Standards of the constituents of the urine and blood and the bearing of the metabolism of Bengalis on the problems of nutrition - Number 34
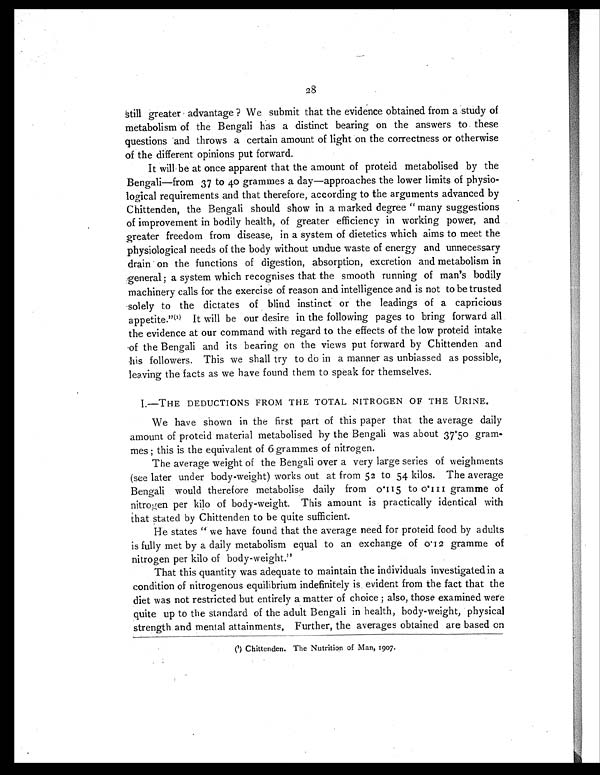
28
still greater advantage ? We submit that the evidence obtained from a study of
metabolism of the Bengali has a distinct bearing on the answers to these
questions and throws a certain amount of light on the correctness or otherwise
of the different opinions put forward.
It will be at once apparent that the amount of proteid metabolised by the
Bengali—from 37 to 40 grammes a day—approaches the lower limits of physio-
logical requirements and that therefore, according to the arguments advanced by
Chittenden, the Bengali should show in a marked degree "many suggestions
of improvement in bodily health, of greater efficiency in working power, and
greater freedom from disease, in a system of dietetics which aims to meet the
physiological needs of the body without undue waste of energy and unnecessary
drain on the functions of digestion, absorption, excretion and metabolism in
general; a system which recognises that the smooth running of man's bodily
machinery calls for the exercise of reason and intelligence and is not to be trusted
solely to the dictates of blind instinct or the leadings of a capricious
appetite."(1) It will be our desire in the following pages to bring forward all
the evidence at our command with regard to the effects of the low proteid intake
of the Bengali and its bearing on the views put forward by Chittenden and
his followers. This we shall try to do in a manner as unbiassed as possible,
leaving the facts as we have found them to speak for themselves.
1.—THE DEDUCTIONS FROM THE TOTAL NITROGEN OF THE URINE.
We have shown in the first part of this paper that the average daily
amount of proteid material metabolised by the Bengali was about 37.50 gram-
mes ; this is the equivalent of 6 grammes of nitrogen.
The average weight of the Bengali over a very large series of weighments
(see later under body-weight) works out at from 52 to 54 kilos. The average
Bengali would therefore metabolise daily from 0.115 to 0.111 gramme of
nitrogen per kilo of body-weight. This amount is practically identical with
that stated by Chittenden to be quite sufficient.
He states " we have found that the average need for proteid food by adults
is fully met by a daily metabolism equal to an exchange of 0.12 gramme of
nitrogen per kilo of body-weight."
That this quantity was adequate to maintain the individuals investigated in a
condition of nitrogenous equilibrium indefinitely is evident from the fact that the
diet was not restricted but entirely a matter of choice ; also, those examined were
quite up to the standard of the adult Bengali in health, body-weight, physical
strength and mental attainments, Further, the averages obtained are based on
(1) Chittenden. The Nutrition of Man, 1907.